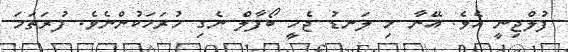
ފުލްޖިނީ އެވެ. އޭނާ މި ލަނޑު ޖެހީ ބޯފާލް ނެގި ހުރަހަކުންނެވެ. ފުރަތަމަ